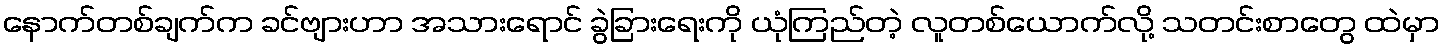
နောက်တစ်ချက်က ခင်ဗျားဟာ အသားရောင် ခွဲခြားရေးကို ယုံကြည်တဲ့ လူတစ်ယောက်လို့ သတင်းစာတွေ ထဲမှာ